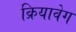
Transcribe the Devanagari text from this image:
क्रियावेग